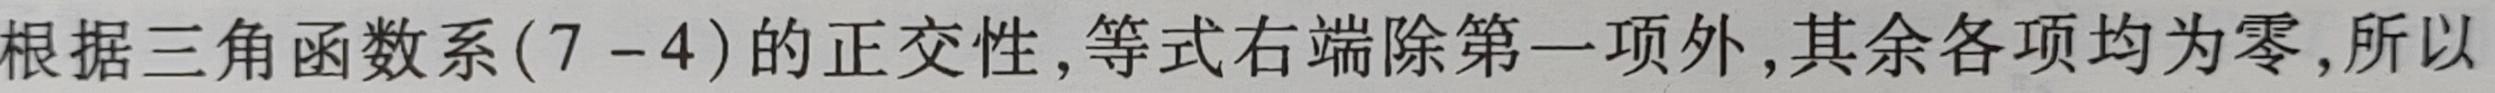
根据三角函数系(7 - 4)的正交性,等式右端除第一项外,其余各项均为零,所以